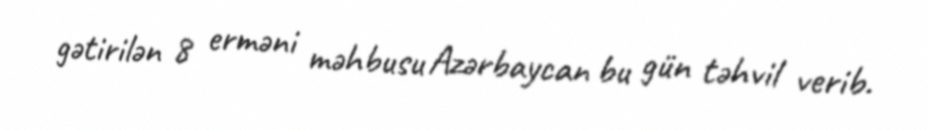
gətirilən 8 erməni məhbusu Azərbaycan bu gün təhvil verib.